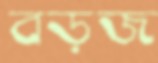
বড়জ